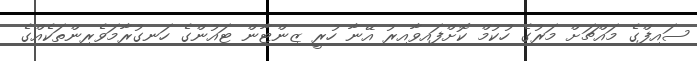
ސައިފްގެ މައްޗަށް މަރުގެ ހުކުމް ކޮށްފައިވާއިރު އޭނާ ހުރީ ޒިންޓާން ޓައުންގެ ހަނގުރާމަވެރިންތަކެއްގެ